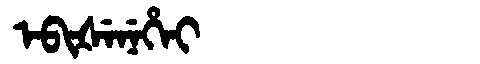
Manchu: ᡝᠪᡳᡧᡝᠨᡝᡥᡝᡳ
Romanization: EBIŠENEHEI